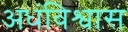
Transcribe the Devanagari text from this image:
अधंविश्वास